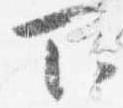
下